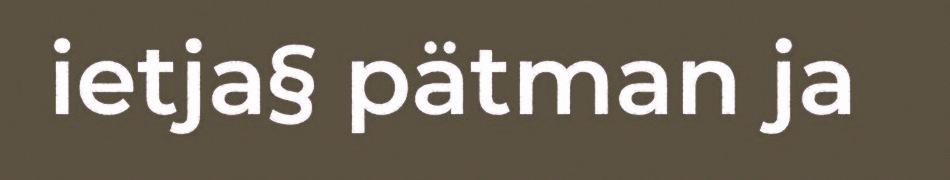
ietja§ pätman ja